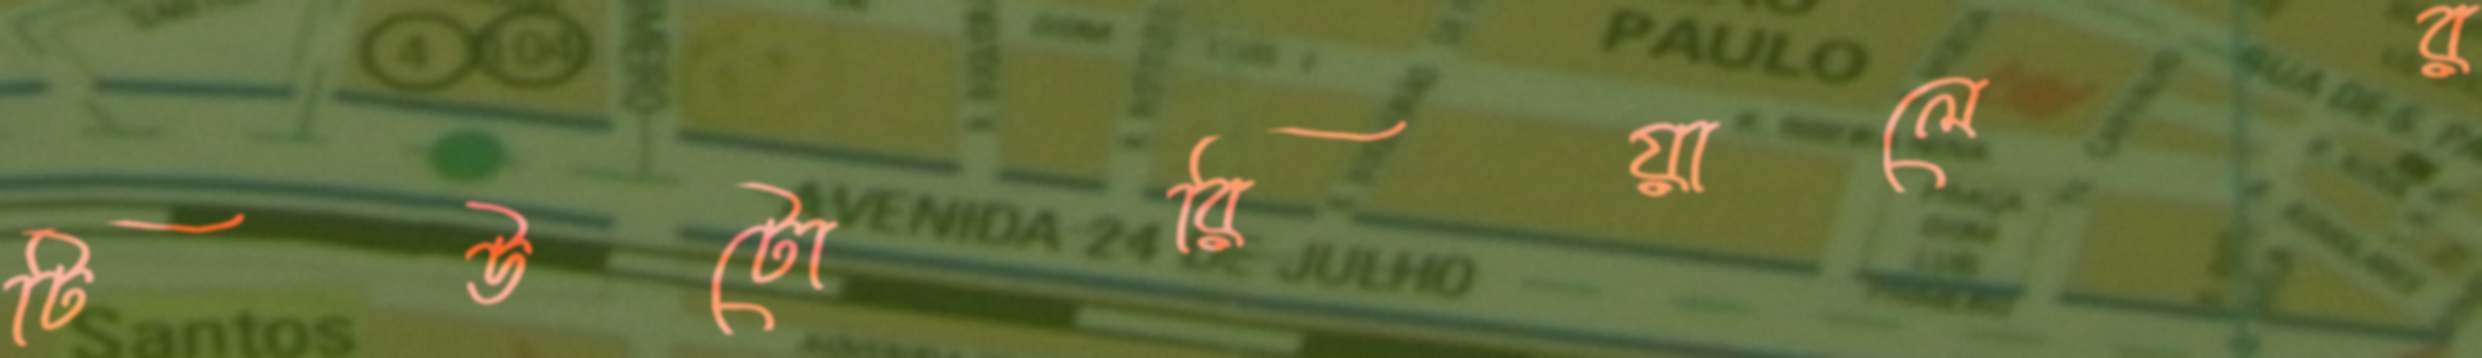
টিউটোরিয়ালের